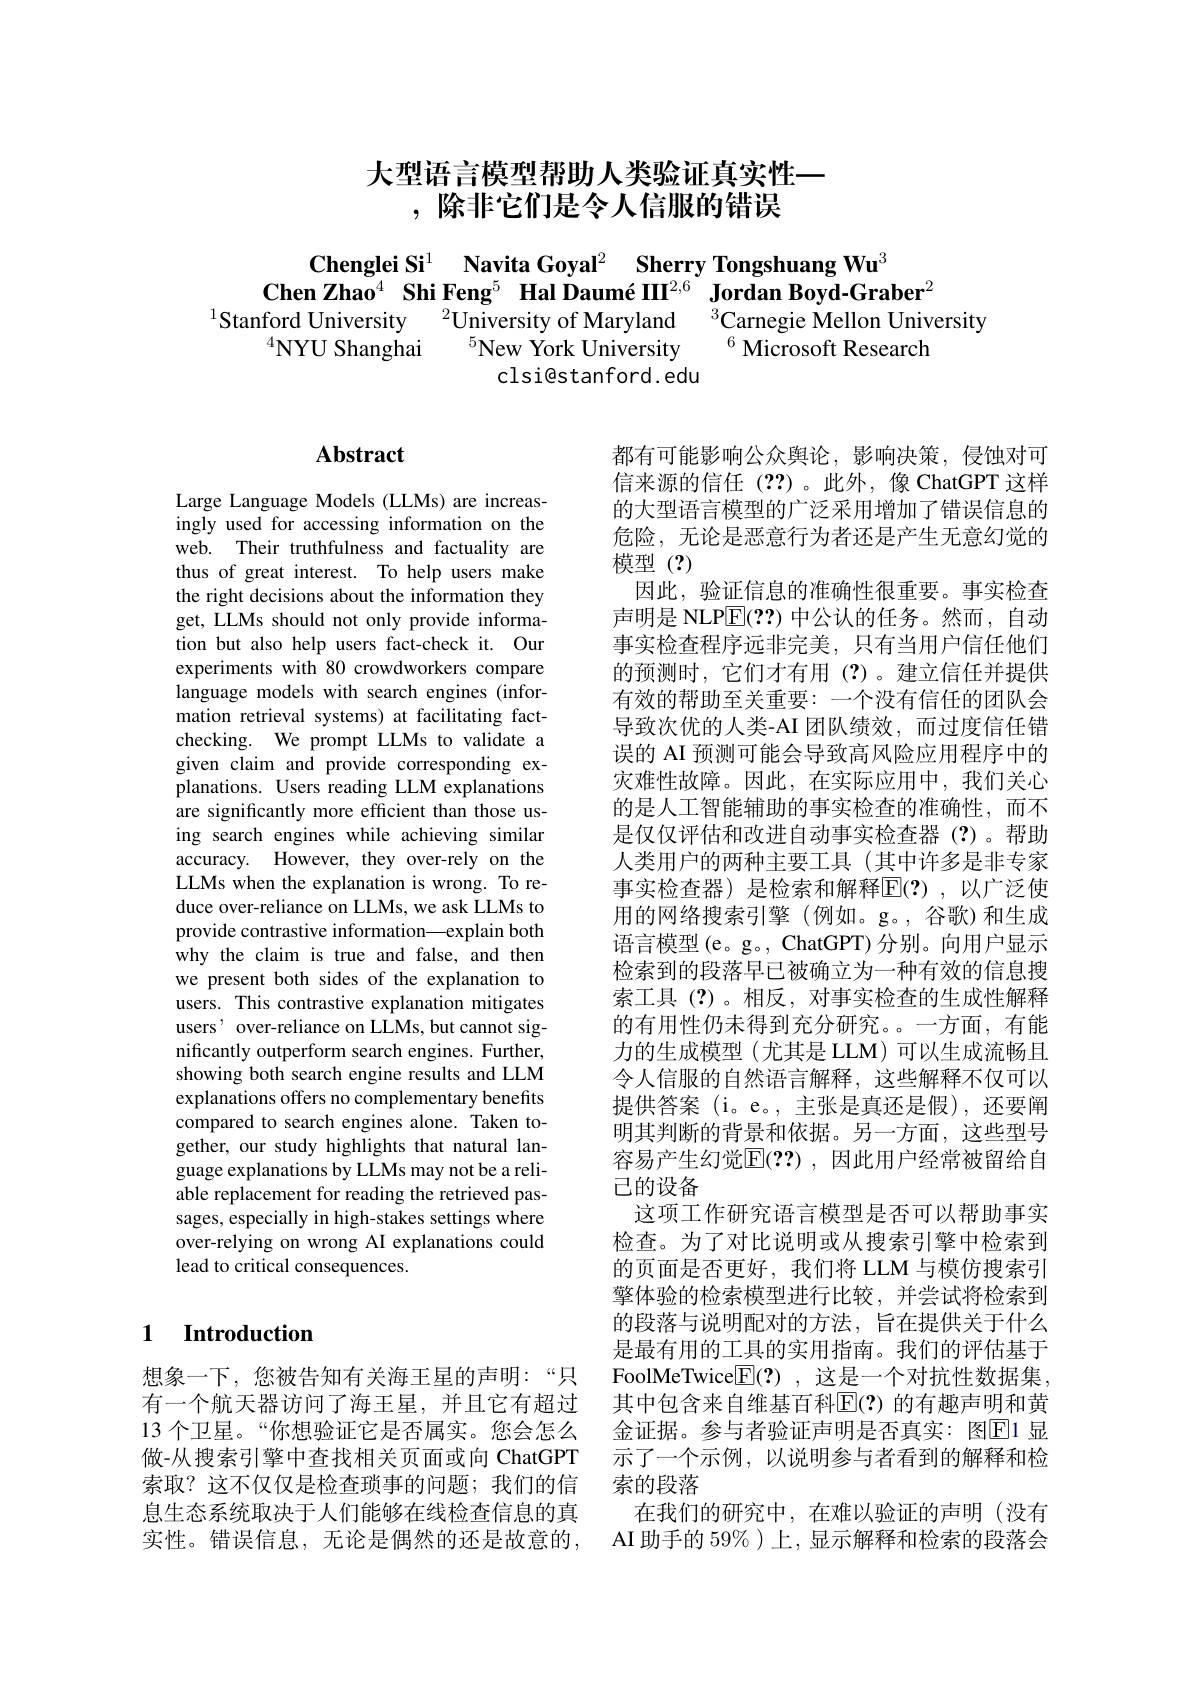
# 大型语言模型帮助人类验证真实性一,除非它们是令人信服的错误

$\begin{array}{c}\textbf{Chenglei Si}^{1}&\text{Navita Goyal}^{2}&\textbf{Sherry Tongshuang Wu}^{3}\\\textbf{Chen Zhao}^{4}&\textbf{Shi Feng}^{5}&\textbf{Hal Daumé III}^{2,6}&\textbf{Jordan Boyd-Graber}^{2}\\\text{Stanford University}&^{2}\text{University of Maryland}&^{3}\text{Carnegie Mellon University}\\^{4}\text{NYU Shanghai}&^{5}\text{}\end{array}$

# Abstract

Large Language Models (LLMs) are increasingly used for accessing information on the web. Their truthfulness and factuality are thus of great interest. To help users make the right decisions about the information they get, LLMs should not only provide information but also help users fact-check it. Our experiments with 80 crowdworkers compare language models with search engines (information retrieval systems) at facilitating factchecking. We prompt LLMs to validate a given claim and provide corresponding explanations. Users reading LLM explanations are significantly more efficient than those using search engines while achieving similar accuracy. However, they over-rely on the LLMs when the explanation is wrong. To reduce over-reliance on LLMs, we ask LLMs to provide contrastive information—explain both why the claim is true and false, and then we present both sides of the explanation to users. This contrastive explanation mitigates users' over-reliance on LLMs, but cannot significantly outperform search engines. Further, showing both search engine results and LLM explanations offers no complementary benefits compared to search engines alone. Taken together, our study highlights that natural language explanations by LLMs may not be a reliable replacement for reading the retrieved passages, especially in high-stakes settings where over-relying on wrong AI explanations could lead to critical consequences.

都有可能影响公众舆论，影响决策，侵蚀对可信来源的信任(??)。此外，像 ChatGPT 这样的大型语言模型的广泛采用增加了错误信息的危险，无论是恶意行为者还是产生无意幻觉的模型 (?)
因此，验证信息的准确性很重要。事实检查声明是 NLP$\overline{\mathrm{E}}(??)$中公认的任务。然而，自动事实检查程序远非完美，只有当用户信任他们的预测时，它们才有用(?)。建立信任并提供有效的帮助至关重要：一个没有信任的团队会导致次优的人类-AI 团队绩效，而过度信任错误的 AI 预测可能会导致高风险应用程序中的灾难性故障。因此，在实际应用中，我们关心的是人工智能辅助的事实检查的准确性，而不是仅仅评估和改进自动事实检查器(?)。帮助人类用户的两种主要工具(其中许多是非专家事实检查器) 是检索和解释$\mathbb{E}(?)$,以广泛使用的网络搜索引擎(例如。g。,谷歌)和生成语言模型(e。g。, ChatGPT) 分别。向用户显示检索到的段落早已被确立为一种有效的信息搜索工具(?)。相反，对事实检查的生成性解释的有用性仍未得到充分研究。一方面，有能力的生成模型(尤其是 LLM) 可以生成流畅且令人信服的自然语言解释，这些解释不仅可以提供答案(i。e。,主张是真还是假),还要阐明其判断的背景和依据。另一方面，这些型号容易产生幻觉$\mathbb{E}(??)$ ,因此用户经常被留给自已的设备
这项工作研究语言模型是否可以帮助事实检查。为了对比说明或从搜索引擎中检索到的页面是否更好，我们将 LLM 与模仿搜索引擎体验的检索模型进行比较，并尝试将检索到的段落与说明配对的方法，旨在提供关于什么是最有用的工具的实用指南。我们的评估基于FoolMeTwice$\boxed{\mathrm{F} }( ? )$ ,这是一个对抗性数据集， 其中包含来自维基百科$\mathbb{E}(?)$ 的有趣声明和黄金证据。参与者验证声明是否真实：图$\overline{\mathrm{E}}$1 显示了一个示例，以说明参与者看到的解释和检索的段落
在我们的研究中，在难以验证的声明(没有AI 助手的 59% )上，显示解释和检索的段落会

# 1 Introduction

想象一下，您被告知有关海王星的声明：“只有一个航天器访问了海王星，并且它有超过13 个卫星。“你想验证它是否属实。您会怎么做-从搜索引擎中查找相关页面或向 ChatGPT 索取？这不仅仅是检查琐事的问题；我们的信息生态系统取决于人们能够在线检查信息的真实性。错误信息，无论是偶然的还是故意的，